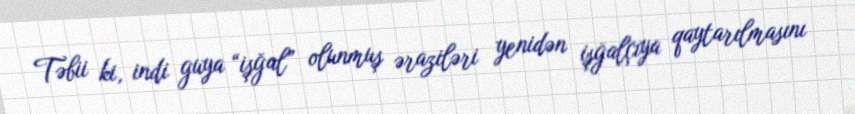
Təbii ki, indi guya “işğal” olunmuş əraziləri yenidən işğalçıya qaytarılmasını